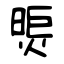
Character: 煚